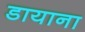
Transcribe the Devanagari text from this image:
डायाना